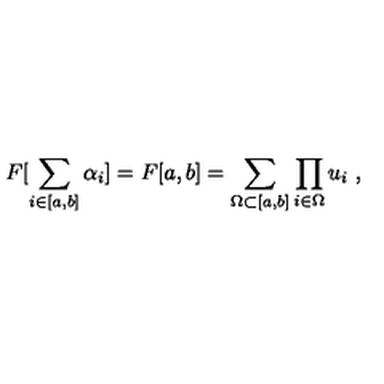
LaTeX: F [ \sum _ { i \in [ a , b ] } \alpha _ { i } ] = F [ a , b ] = \sum _ { \Omega \subset [ a , b ] } \prod _ { i \in \Omega } u _ { i } \ ,